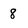
Character: 8